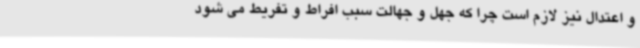
و اعتدال نیز لازم است چرا که جهل و جهالت سبب افراط و تفریط می شود